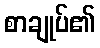
စာချုပ်၏